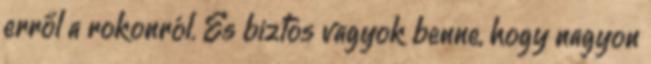
erről a rokonról. És biztos vagyok benne, hogy nagyon